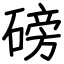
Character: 磅